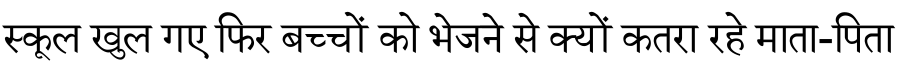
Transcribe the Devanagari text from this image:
स्कूल खुल गए फिर बच्चों को भेजने से क्यों कतरा रहे माता-पिता